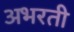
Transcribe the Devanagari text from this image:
अभरती